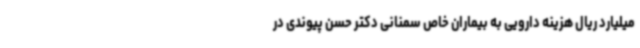
میلیارد ریال هزینه دارویی به بیماران خاص سمنانی دکتر حسن پیوندی در